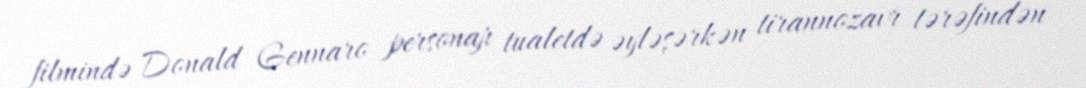
filmində Donald Gennaro personajı tualetdə əyləşərkən tirannozavr tərəfindən